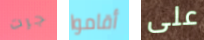
جرت أقاموا على